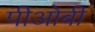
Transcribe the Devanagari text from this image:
पीओबी